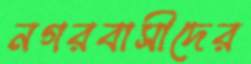
নগরবাসীদের